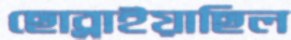
ছোব্‌লাইয়াছিল